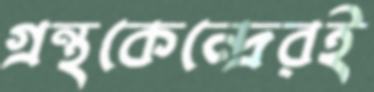
গ্রন্থকেন্দ্রেরই